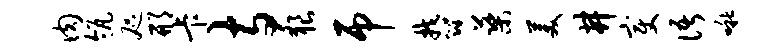
肉瓴咫邢卡寺狼吊郁蕖美井变语啾